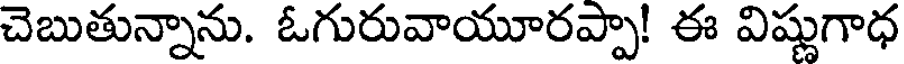
చెబుతున్నాను. ఓగురువాయూరప్పా! ఈ విష్ణుగాధ